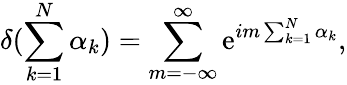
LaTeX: \delta(\sum_{k=1}^{N}\alpha_{k})=\sum_{m=-\infty}^{\infty}\mathrm{e}^{im\sum_{k=1}^{N}\alpha_{k}},